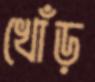
খোঁড়